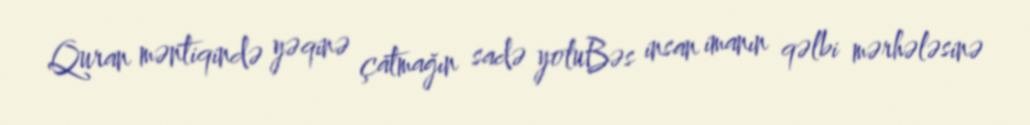
Quran məntiqində yəqinə çatmağın sadə yoluBəs insan imanın qəlbi mərhələsinə